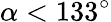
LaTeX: \alpha<133^{\circ}